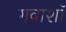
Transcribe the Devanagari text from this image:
गवाशॉ